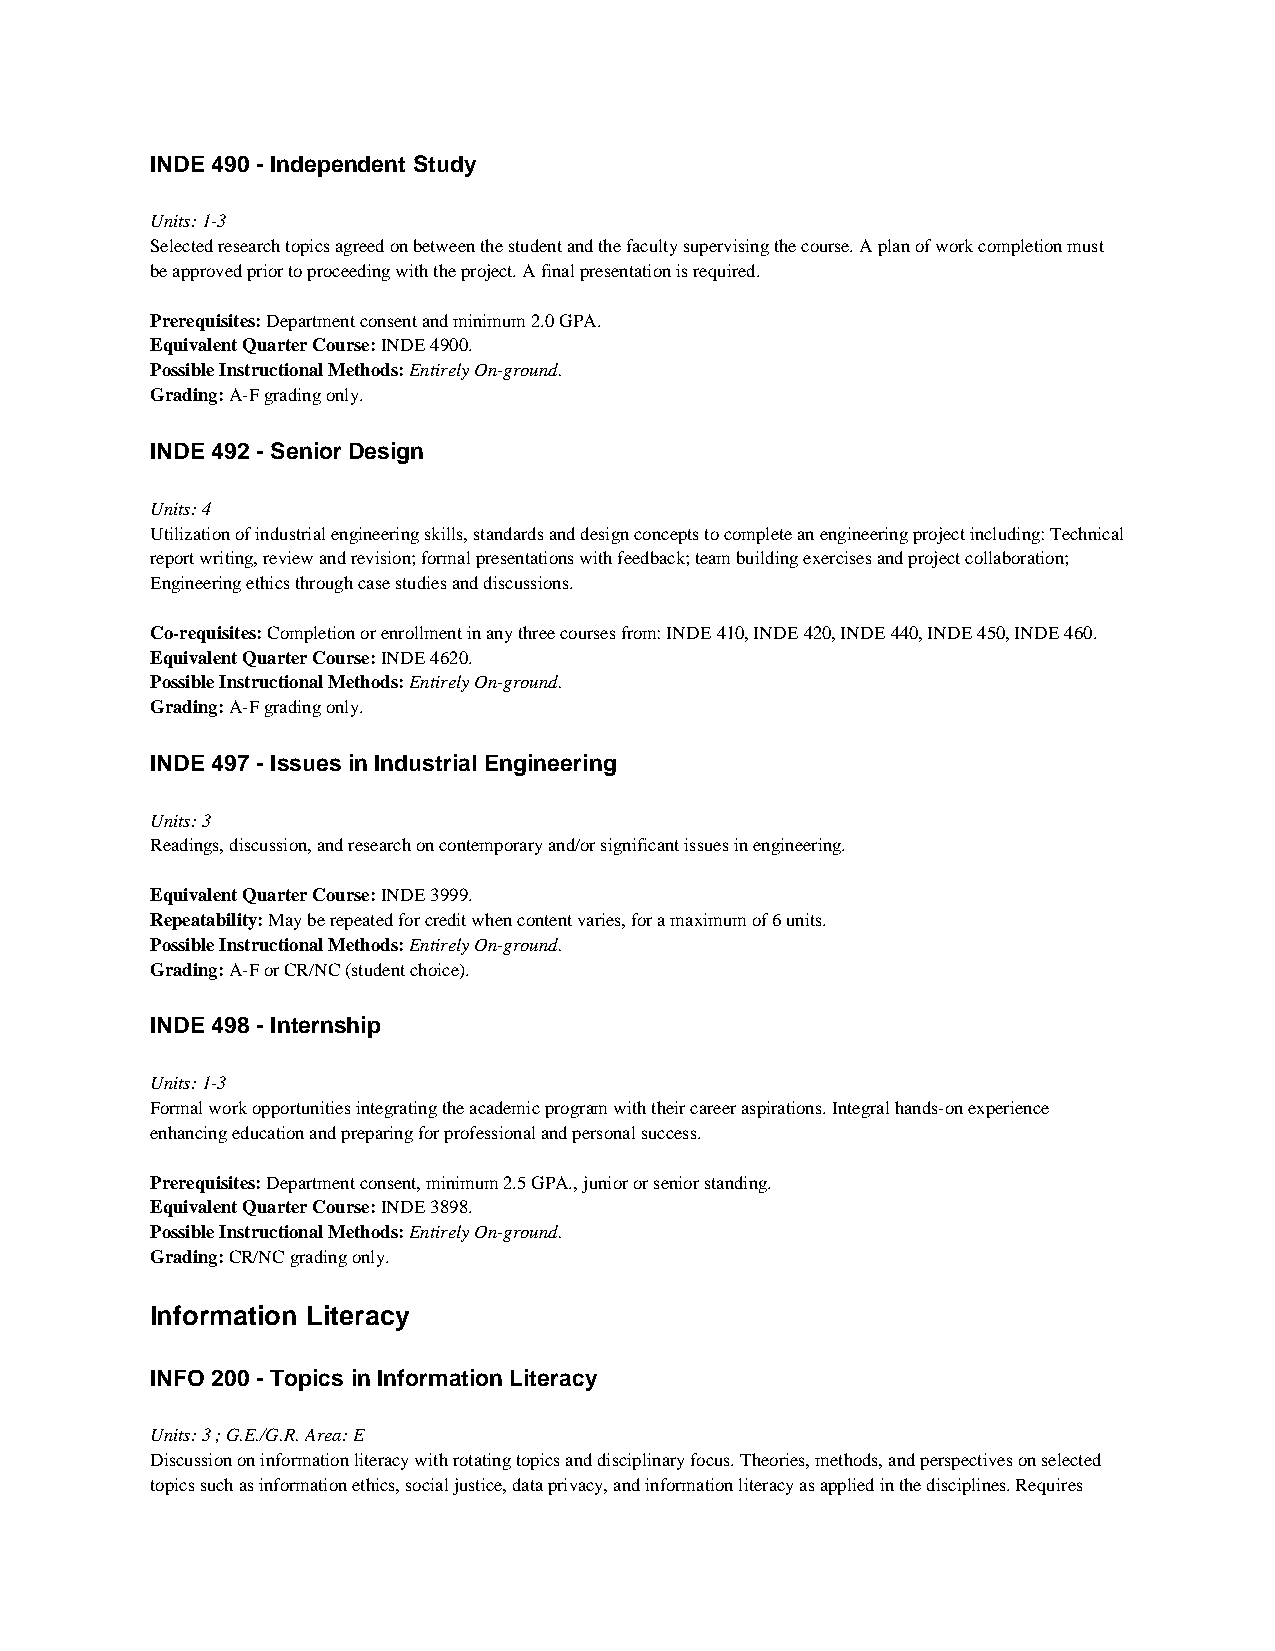
INDE 490 - Independent Study
 Units: 1-3
 Selected research topics agreed on between the student and the faculty supervising the course. A plan of work completion must
 be approved prior to proceeding with the project. A final presentation is required.
 Prerequisites: Department consent and minimum 2.0 GPA.
 Equivalent Quarter Course: INDE 4900.
 Possible Instructional Methods: Entirely On-ground.
 Grading: A-F grading only.
 INDE 492 - Senior Design
 Units: 4
 Utilization of industrial engineering skills, standards and design concepts to complete an engineering project including: Technical
 report writing, review and revision; formal presentations with feedback; team building exercises and project collaboration;
 Engineering ethics through case studies and discussions.
 Co-requisites: Completion or enrollment in any three courses from: INDE 410, INDE 420, INDE 440, INDE 450, INDE 460.
 Equivalent Quarter Course: INDE 4620.
 Possible Instructional Methods: Entirely On-ground.
 Grading: A-F grading only.
 INDE 497 - Issues in Industrial Engineering
 Units: 3
 Readings, discussion, and research on contemporary and/or significant issues in engineering.
 Equivalent Quarter Course: INDE 3999.
 Repeatability: May be repeated for credit when content varies, for a maximum of 6 units.
 Possible Instructional Methods: Entirely On-ground.
 Grading: A-F or CR/NC (student choice).
 INDE 498 - Internship
 Units: 1-3
 Formal work opportunities integrating the academic program with their career aspirations. Integral hands-on experience
 enhancing education and preparing for professional and personal success.
 Prerequisites: Department consent, minimum 2.5 GPA., junior or senior standing.
 Equivalent Quarter Course: INDE 3898.
 Possible Instructional Methods: Entirely On-ground.
 Grading: CR/NC grading only.
 Information Literacy
 INFO 200 - Topics in Information Literacy
 Units: 3 ; G.E./G.R. Area: E
 Discussion on information literacy with rotating topics and disciplinary focus. Theories, methods, and perspectives on selected
 topics such as information ethics, social justice, data privacy, and information literacy as applied in the disciplines. Requires